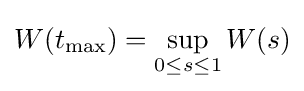
W(t_{\text{max}})=\sup _{0\leq s\leq 1}W(s)